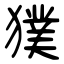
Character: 獛